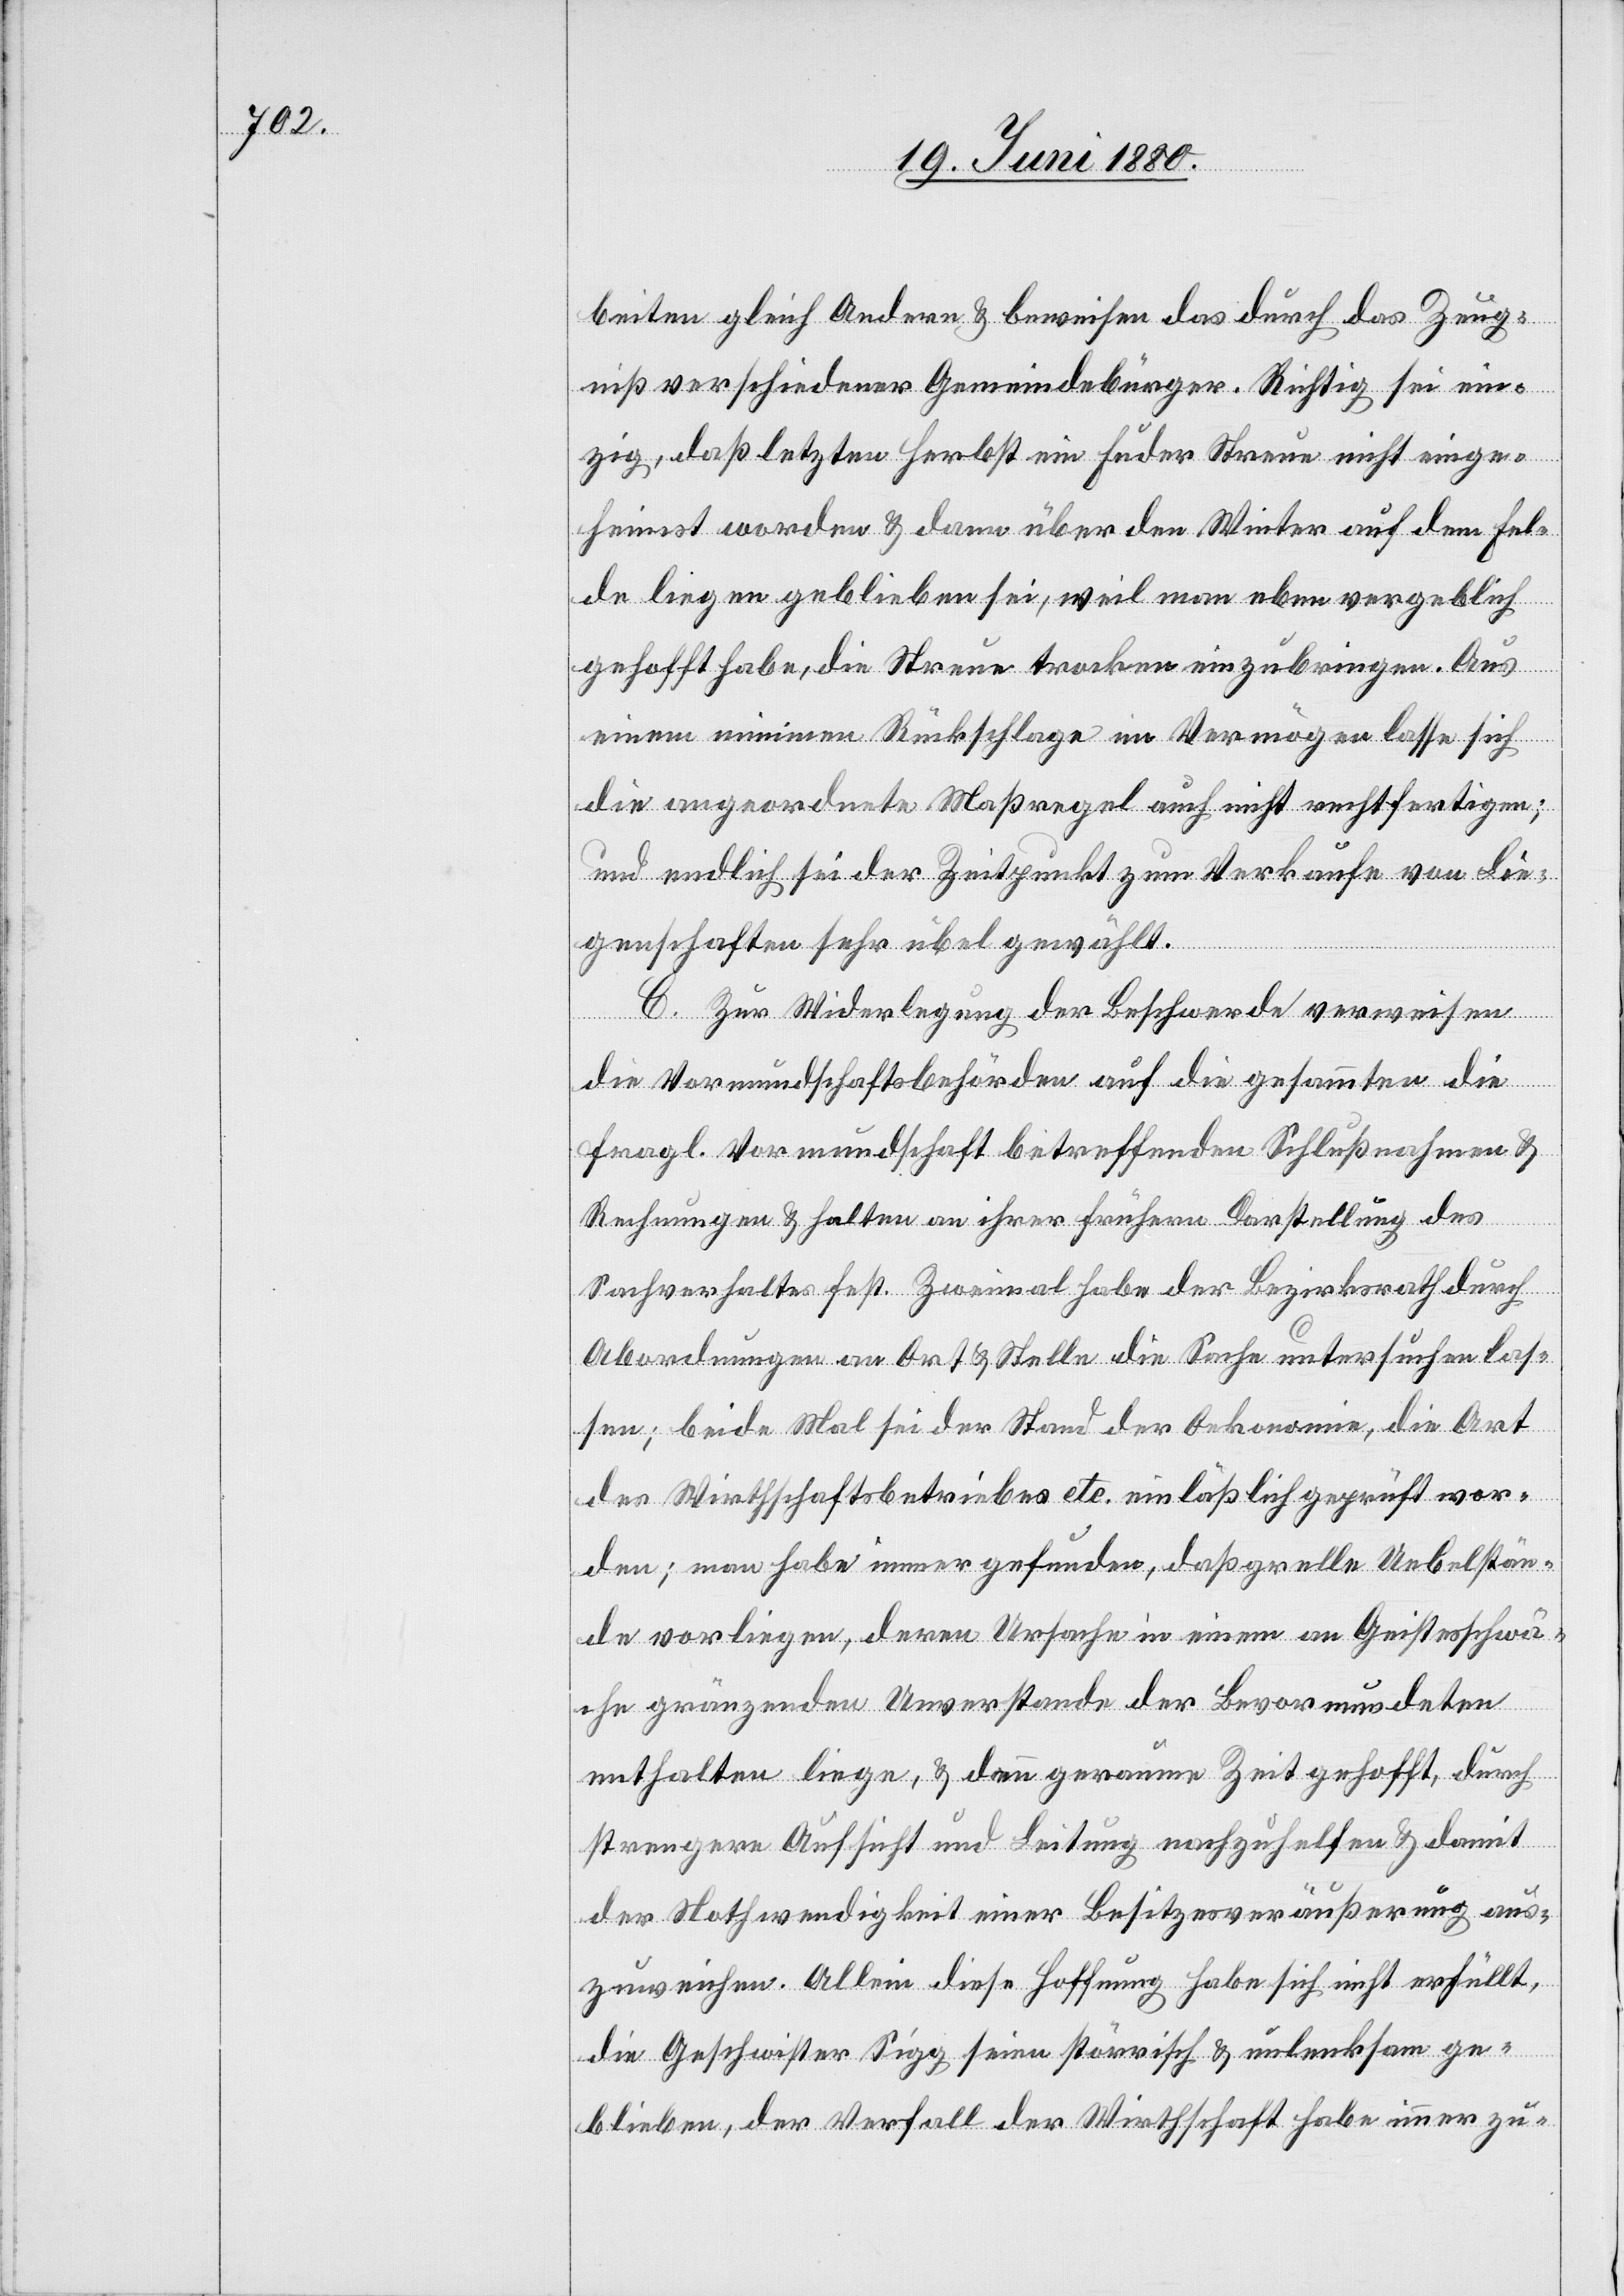
beiten gleich Andern & beweisen das durch das Zeug¬
niß verschiedener Gemeindebürger. Richtig sei ein¬
zig, daß letzten Herbst ein Fuder Streue nicht einge¬
heimst worden & dann über den Winter auf dem Fel¬
de liegen geblieben sei, weil man eben vergeblich
gehofft habe, die Streue trocken einzubringen. Aus
einem minimen Rückschlage im Vermögen lasse sich
die angeordnete Maßregel auch nicht rechtfertigen;
und endlich sei der Zeitpunkt zum Verkaufe von Lie¬
genschaften sehr übel gewählt.
C. Zur Widerlegung der Beschwerde verweisen
die Vormundschaftsbehörden auf die gesammten die
fragl. Vormundschaft betreffenden Schlußnahmen &
Rechnungen & halten an ihrer frühern Darstellung des
Sachverhaltes fest. Zweimal habe der Bezirksrath durch
Abordnungen an Ort & Stelle die Sache untersuchen las¬
sen; beide Mal sei der Stand der Oekonomie, die Art
des Wirthschaftsbetriebes etc. einläßlich geprüft wor¬
den; man habe immer gefunden, daß grelle Uebelstän¬
de vorliegen, deren Ursache in einem an Geistesschwä¬
che gränzenden Unverstande der Bevormundeten
enthalten liegen, & dann geraume Zeit gehofft, durch
strengere Aufsicht und Leitung nachzuhelfen & damit
der Nothwendigkeit einer Besitzesveräußerung aus¬
zuweichen. Allein diese Hoffnung habe sich nicht erfüllt,
die Geschwister Sigg seien störrisch & unlenksam ge¬
blieben, der Verfall der Wirthschaft habe immer zu-